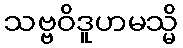
သဗ္ဗဝိဒူဟမသ္မိ